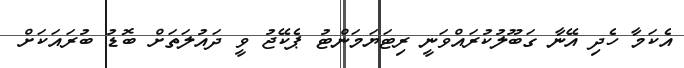
އެކަމާ ހެދި އޭނާ ގަބޫލުކުރައްވަނީ ރިޓަޔަމަންޓު ޕެކޭޖު ވީ ދައުލަތަށް ބޮޑު ބުރައަކަށް